Plague in India, 1896, 1897 - Volume 3
Year: 1896
Disease focus: Plague
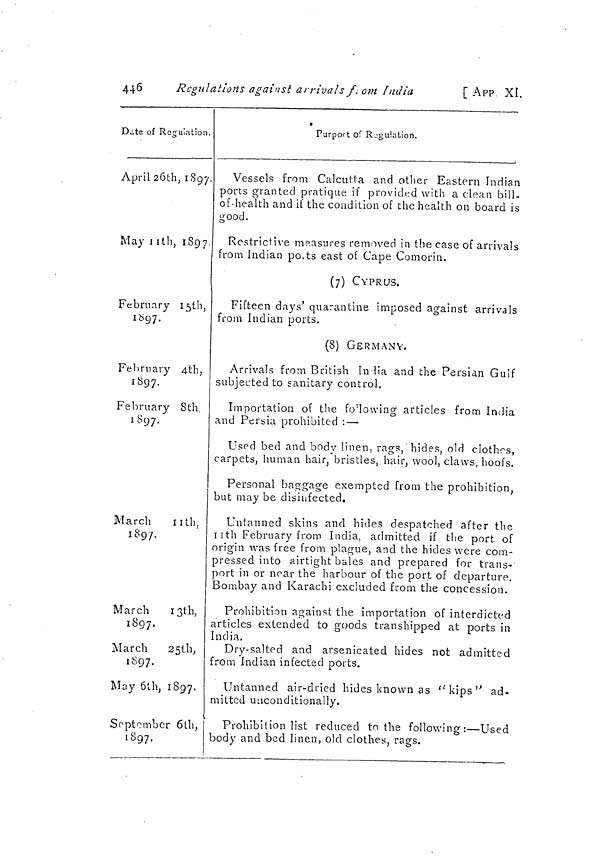
446
Regulations against arrivals from India
[ APP XI.
Date of Regulation.
April 26th, 1897.
May 11th, 1897.
February 15th,
1697.
February 4th,
1897.
February 8th
1897.
March
11th,
1897.
March
13th,
1897,
March
25th,
1897.
May 6th, 1897.
September 6th,
1897.
»
Purport of Rjgulation.
Vessels from Calcutta and other Eastern Indian
ports granted pratique if provided with a clean bill-
of-health and if the condition of the health on board is
good.
Restrictive measures removed in the case of arrivals
from Indian ports east of Cape Comorin.
(7) CYPRUS.
Fifteen days' quarantine imposed against arrivals
from Indian ports.
(8) GERMANY.
Arrivals from British India and the Persian Gulf
subjected to sanitary control.
Importation of the fo'lowing articles from India
and Persia prohibited : —
Used bed and body linen, rags, hides, old clothes,
carpets, human hair, bristles, hair, wool, claws, hoofs.
Personal baggage exempted from the prohibition,
but may be disinfected.
Untanned skins and hides despatched after the
11th February from India, admitted if the port of
origin was free from plague, and the hides were com-
pressed into airtight bales and prepared for trans-
port in or near the harbour of the port of departure.
Bombay and Karachi excluded from the concession.
Prohibition against the importation of interdicted
articles extended to goods transhipped at ports in
India.
Dry-salted and arsenicated hides not admitted
from Indian infected ports.
Untanned air-dried hides known as " kips " ad-
mitted unconditionally.
Prohibition list reduced to the following: — Used
body and bed linen, old clothes-, rags.